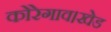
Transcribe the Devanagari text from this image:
कोरेगाव।खेड